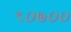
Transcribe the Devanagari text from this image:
९०७००